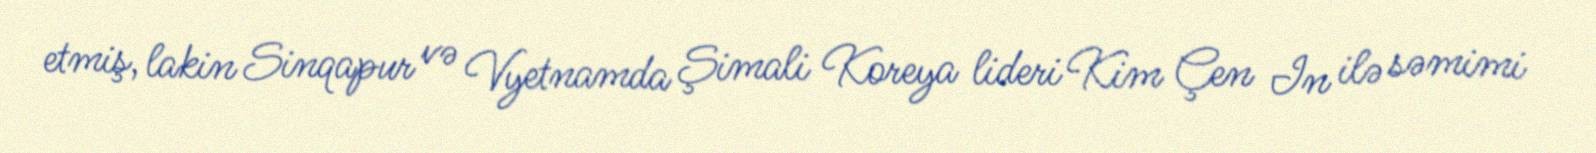
etmiş, lakin Sinqapur və Vyetnamda Şimali Koreya lideri Kim Çen In ilə səmimi